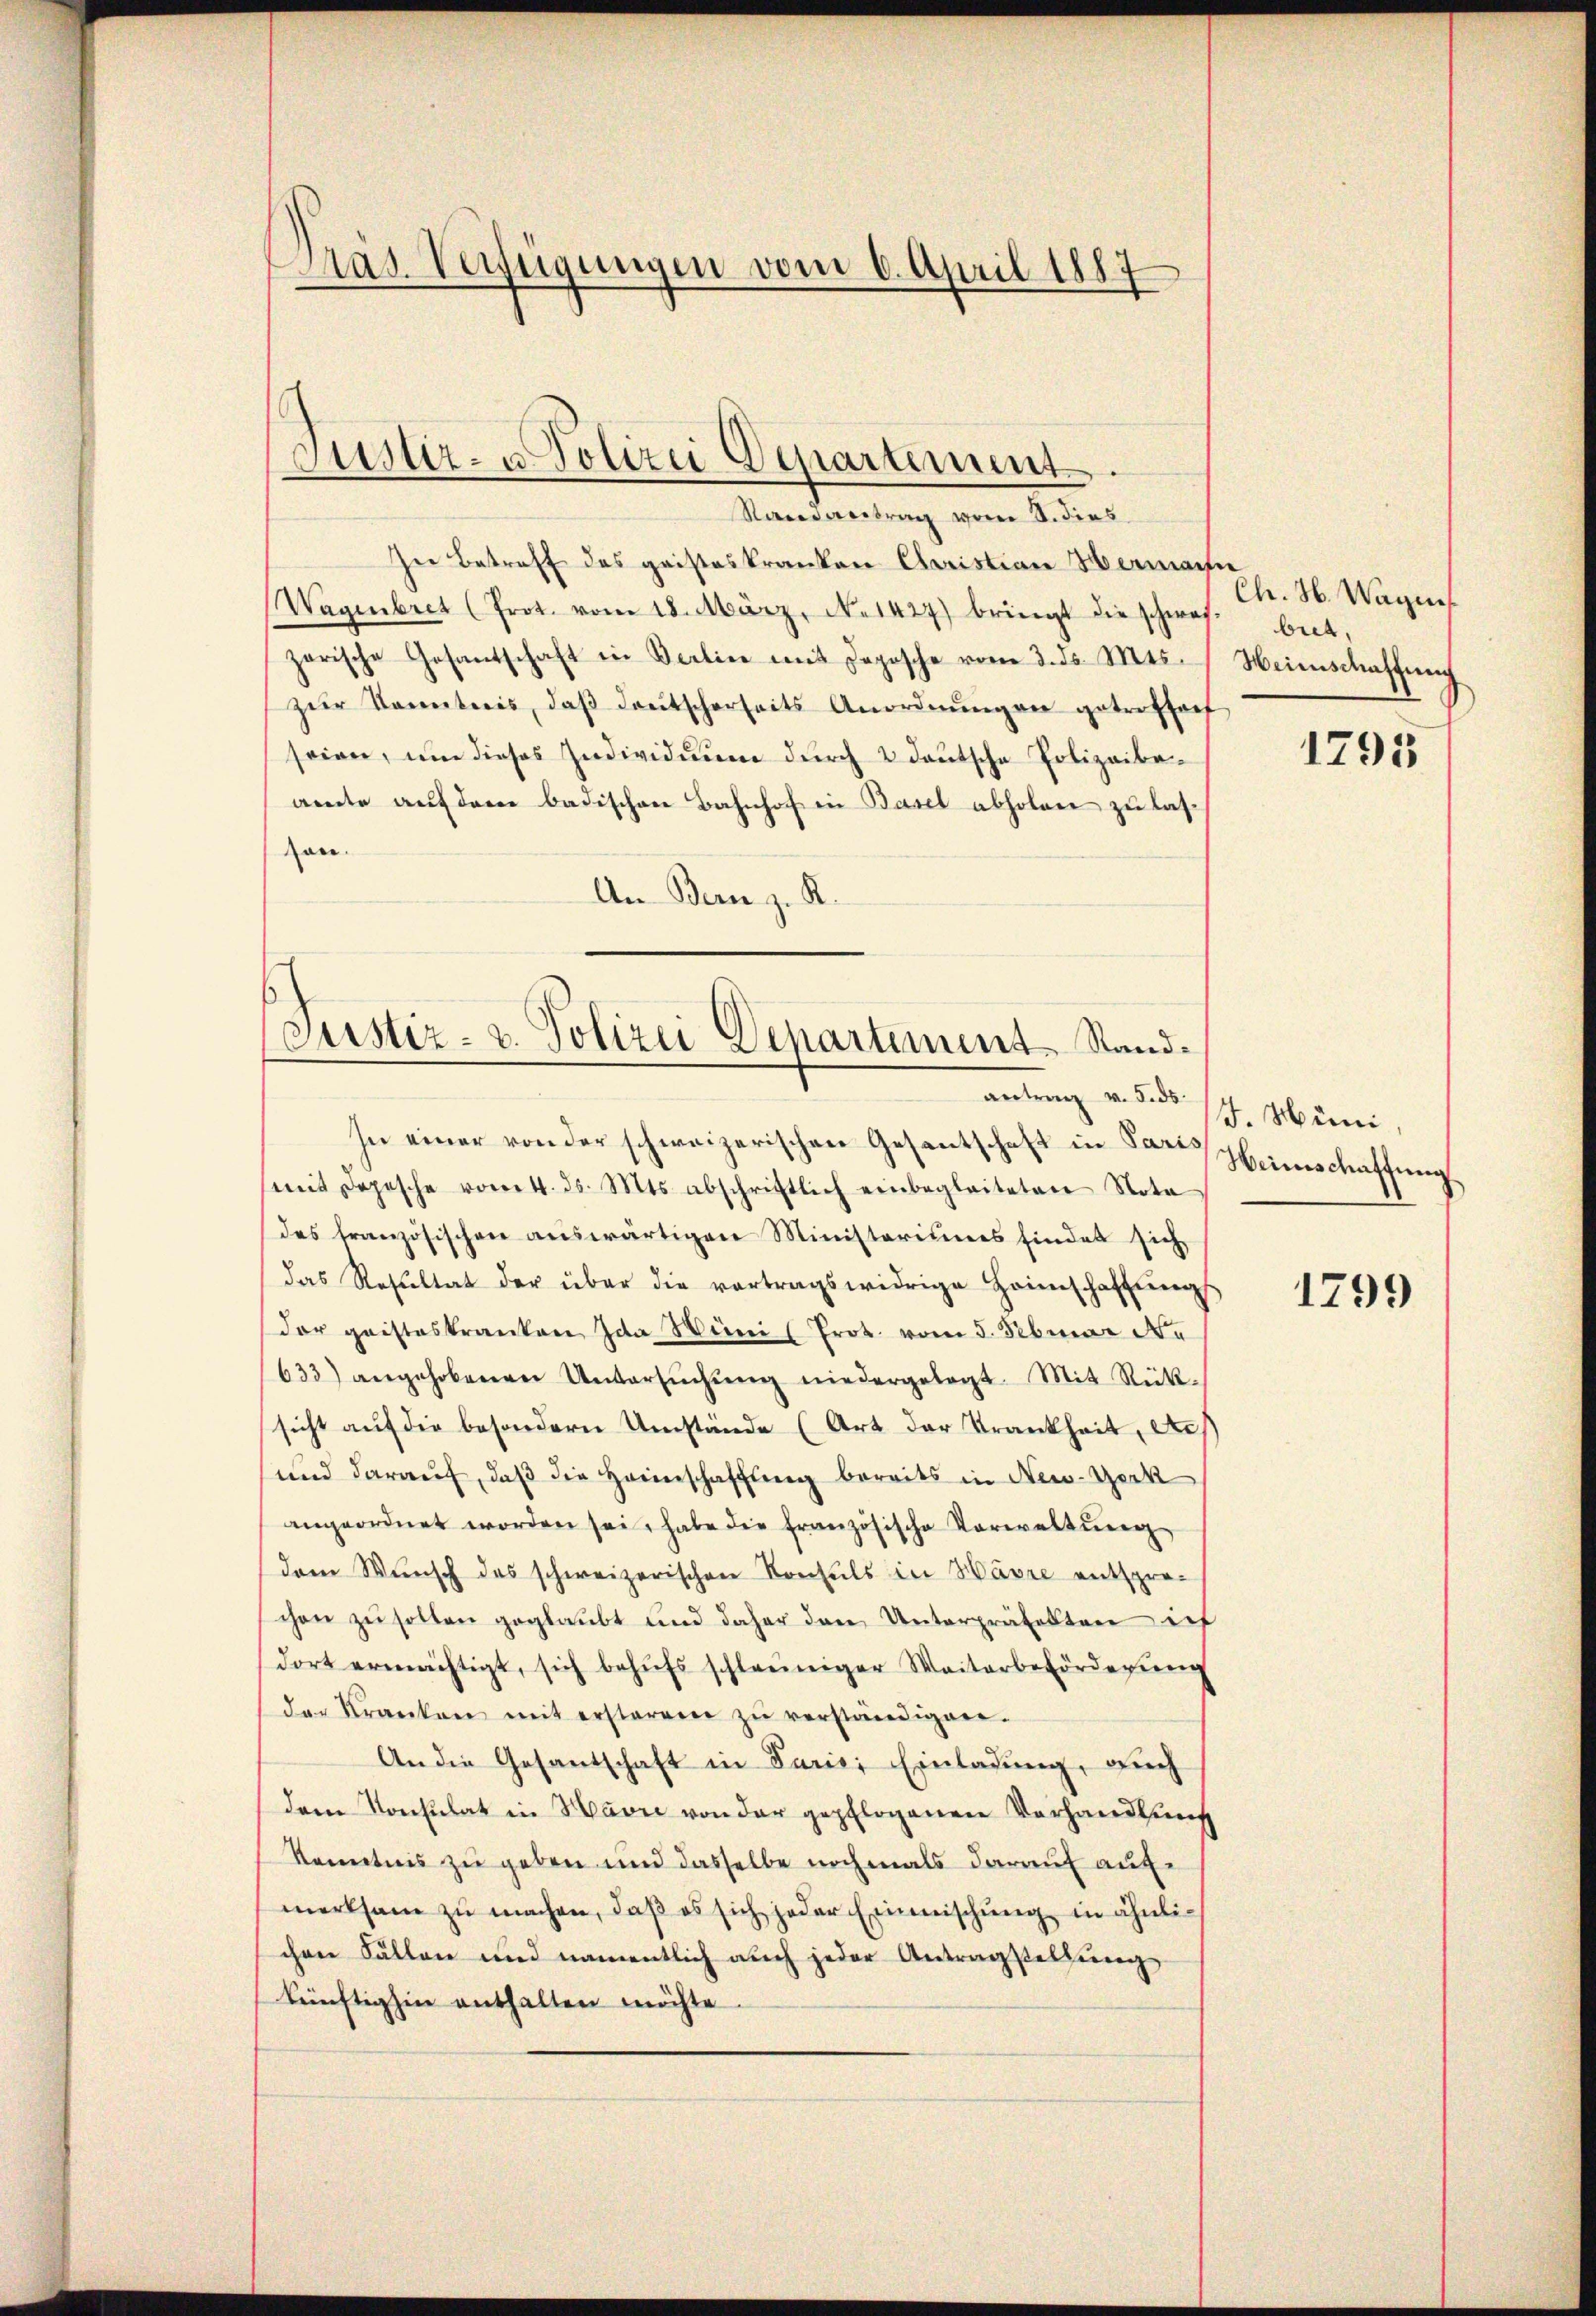
)
Präs. Verfügungen vom 6. April 1887
e

s
Justiz- u. Polizei Departement.

Randantrag vom 8. dies

In Betreff des geisteskranken Christian Hermache
Wagenbret (Prot. vom 18. März, No 1427) bringt die schwer beit,
zarische Gesantschaft in Berlin mit Doposche vom 3. ds. Mts. Meienschaffung
zŭr Kenntnis, daβ deŭtscherheits Anordnŭngen getroffen
seien, um dieses Individuum durch 2 deutsche Polizeibeamte auf dem badischen Bahnhof in Basel abholen zu lasvon.
An Bern z. R.

Justiz- u. Polizei Departiment Standantrag v. 5. ds.

Ch. N. Wagen

In einer von der schweizerischen Gesantschaft in Paris
(mit Depesche vom 4. ds. Mts. abschriftlich einbegleiteten Nota
des französischen aŭswärtigen Ministeriums findet sich
das Resŭltat der über die vortragswidrige Heimschaffŭng
der geisteskranken Ida Wini (Prot. vom 3. Februar Ne
633) angehobenen Untersŭchŭng niedergelegt. Mit Rück-
sicht aŭf die besondern Umstände (Art der Krankheit, de
und darauf, daß die Heimschaffung bereits in New-York
angeordnet worden sei, habe die französische Vorwaltŭng
dem Wunsch des schweizerischen Konsuls in Havre entsprochen zŭ sollen geglaubt und daher den Unterprätelten ich
dort ermächtigt, sich behŭfs schleuniger Weiterbeförderŭng
der Kranken mit ersteren zŭ verständigen.
An die Gesandschaft in Parisi Einladung, auch
dem Konsulat in Havre von der gepflogenen Verhandlung
Kenntnis zu geben und dasselbe nochmals darauf aufmerksam zu machen, daß es sich jeder Einmischung in ähnlichen Fällen und namentlich auch jeder Antragstellung
künftighin enthalten möchte.

1795

4. Müni,
Weinschaffung

1799